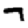
Digit: 7